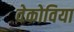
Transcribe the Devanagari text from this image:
वेकोविया